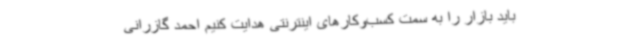
باید بازار را به سمت کسب‌وکارهای اینترنتی هدایت کنیم احمد گازرانی